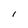
Character: l